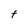
Character: t